Indian journal of veterinary science and animal husbandry - Volume 13,
Year: 1943
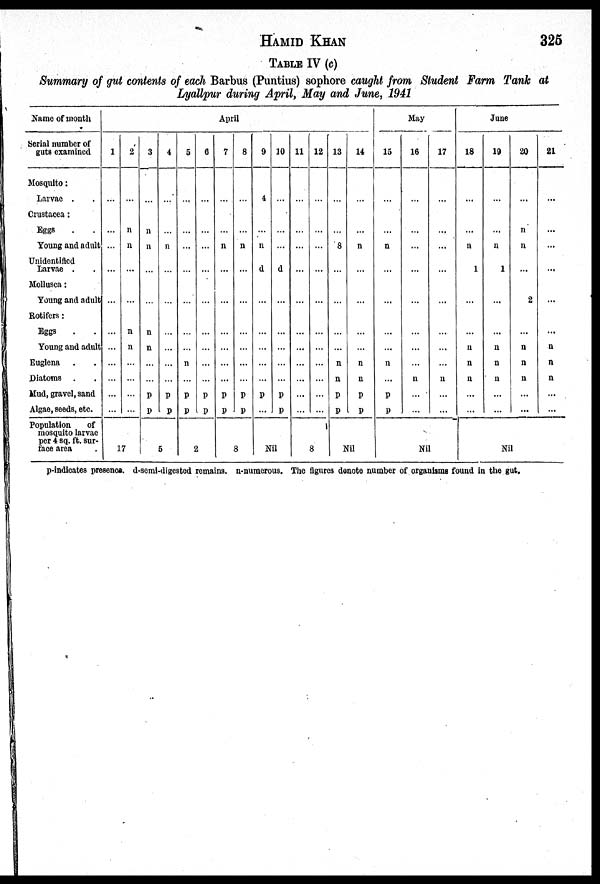
HAMID
KHAN
325
Summary of gut contents of each Barbus (Puntius) sophore caught from Student Farm Tank at
Lyallpur during April, May and June, 1941
Name of month
Serial number of
guts examined
Mosquito:
Larvae . .
Crustacea:
Eggs . .
Young and adult
Unidentified
Larvae . .
Mollusca:
Young and adult
Rotifers:
Eggs . .
Young and adult
Euglena . .
Diatoms . .
Mud, gravel, sand
Algae, seeds, etc.
Population
of
mosquito larvae
per 4 sq. ft. sur-
face area .
April
1
...
...
...
...
...
...
...
...
...
...
...
2
...
n
n
...
...
n
n
...
...
...
...
17
3
...
n
n
...
...
n
n
...
...
p
p
4
...
...
n
...
...
...
...
...
...
p
p
5
5
...
...
...
...
...
...
...
n
...
p
p
0
...
...
...
...
...
...
...
...
...
p
p
2
7
...
...
n
...
...
...
...
...
...
p
p
8
...
...
n
...
...
...
...
...
...
p
p
8
9
4
...
n
d
...
...
...
...
...
p
...
10
...
...
...
d
...
...
...
...
...
p
P
Nil
11
...
...
...
...
...
...
...
...
...
...
...
12
...
...
...
...
...
...
...
...
...
...
...
8
13
...
...
8
...
...
...
...
n
n
p
p
14
...
...
n
...
...
...
...
n
n
p
p
Nil
May
15
...
...
n
...
...
...
...
n
...
p
P
16
...
...
...
...
...
...
...
...
n
...
...
17
...
...
...
...
...
...
...
...
n
...
...
Nil
June
18
...
...
n
1
...
...
n
n
n
...
...
19
...
...
n
1
...
...
n
n
n
...
...
20
...
n
n
...
2
...
n
n
n
...
...
21
...
...
...
...
...
...
n
n
n
...
...
Nil
p-indicates presenca. d-semi-digested remains. n-numerous. The figures denote number of organisms found in the gut.